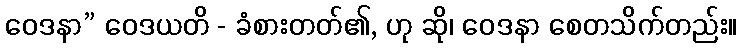
ဝေဒနာ” ဝေဒယတိ - ခံစားတတ်၏, ဟု ဆို၊ ဝေဒနာ စေတသိက်တည်း။